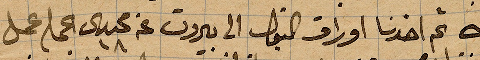
ت ١ ثم اخذنا أوراق القبول الى بيروت عند .. عمل